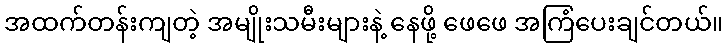
အထက်တန်းကျတဲ့ အမျိုးသမီးများနဲ့ နေဖို့ ဖေဖေ အကြံပေးချင်တယ်။